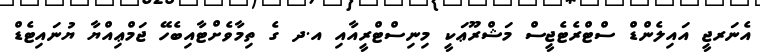
އެނަރޖީ އައިލެންޑް ސްޓްރެޓެޖީސް މަޝްރޫޢަކީ މިނިސްޓްރީއާއި އ.ދ ގެ ތިމާވެށްޓާއިބެހޭ ޖަމްޢިއްޔާ ޔުނައިޓެޑް